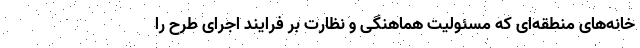
خانه‌های منطقه‌ای که مسئولیت هماهنگی و نظارت بر فرایند اجرای طرح را